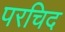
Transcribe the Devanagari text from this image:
परचिद